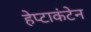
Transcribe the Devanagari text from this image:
हेप्टाकंटेन